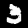
Digit: 3